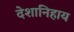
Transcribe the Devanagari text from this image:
देशानिहाय